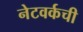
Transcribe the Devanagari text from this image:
नेटवर्कची